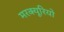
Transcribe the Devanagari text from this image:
मरक्यूरियो